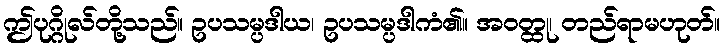
ဤပုဂ္ဂိုလ်တို့သည်။ ဥပသမ္ပဒါယ၊ ဥပသမ္ပဒါကံ၏။ အဝတ္ထု၊ တည်ရာမဟုတ်။